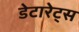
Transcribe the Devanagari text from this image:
डेटारेट्स